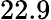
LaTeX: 22.9